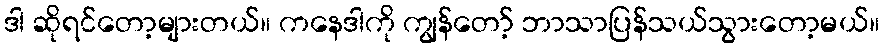
ဒါ ဆိုရင်တော့များတယ်။ ကနေဒါကို ကျွန်တော့် ဘာသာပြန်သယ်သွားတော့မယ်။